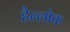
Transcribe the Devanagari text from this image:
हैल्लोक